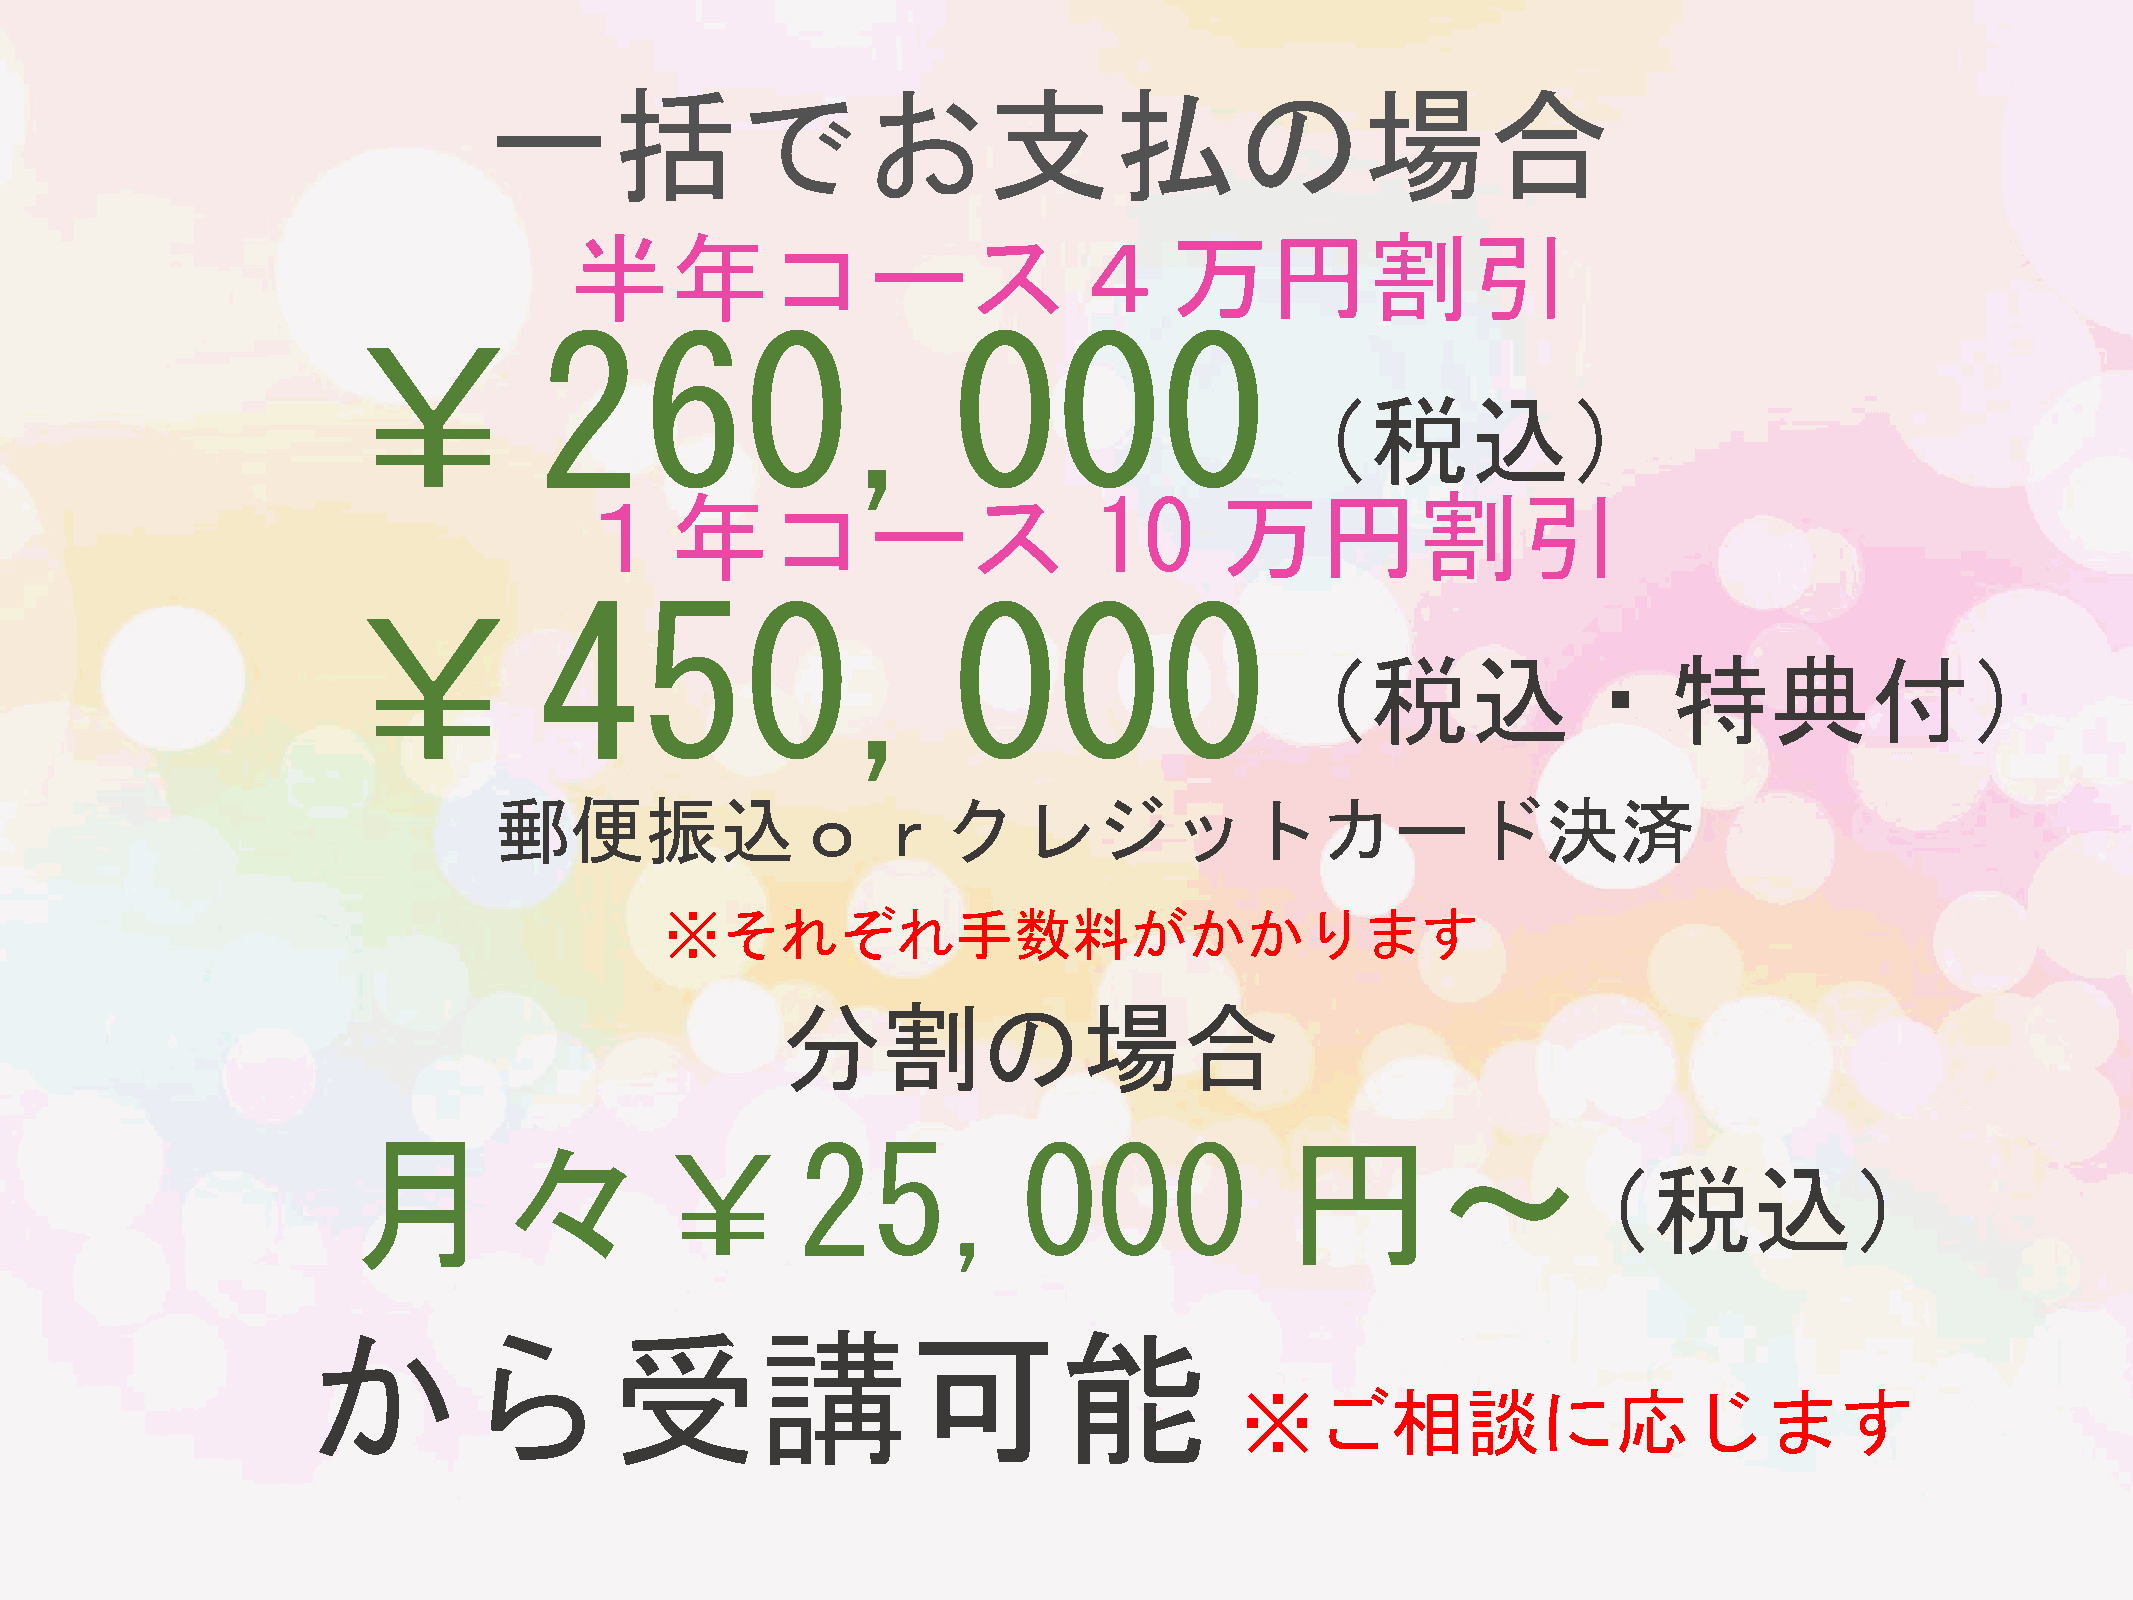
一括でお支払の場合
 半年コース４万円割引
 ￥260,000
 （税込）
 １年コース                             10       万円割引
 ￥450,000
 （税込・特典付）
 郵便振込ｏｒクレジットカード決済
 ※それぞれ手数料がか                             かります
 分割の場合
 月々￥25,000                                                     円～
 （税           込）
 から受講可能
 ※ご相談に応じま                                す